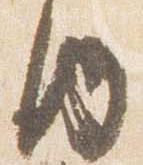
内